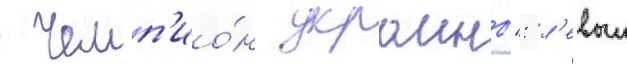
 чемп'ио́н украины": л'евыи